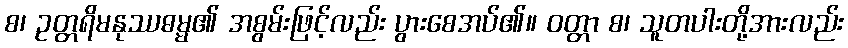
စ၊ ဥတ္တရိမနုဿဓမ္မ၏ အစွမ်းဖြင့်လည်း ပွားစေအပ်၏။ ဝတ္တာ စ၊ သူတပါးတို့အားလည်း